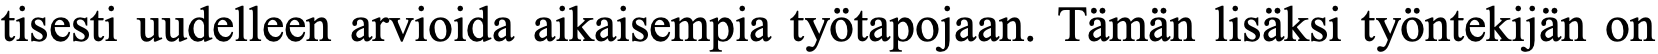
tisesti uudelleen arvioida aikaisempia työtapojaan. Tämän lisäksi työntekijän on